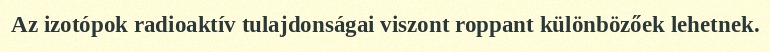
Az izotópok radioaktív tulajdonságai viszont roppant különbözőek lehetnek.